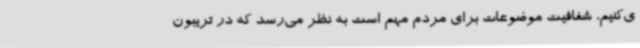
ی‌کنیم، شفافیت موضوعات برای مردم مهم است به نظر می‌رسد که در تریبون